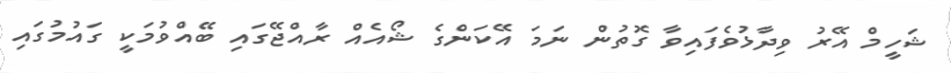
ޝަހީމް އޭރު ވިދާޅުވެފައިވާ ގޮތުން ނަމަ އޭކަންގެ ޝޯއެއް ރާއްޖޭގައި ބޭއްވުމަކީ ގައުމުގައި